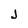
Character: J